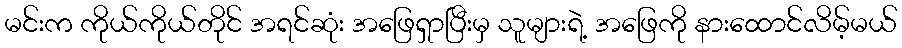
မင်းက ကိုယ်ကိုယ်တိုင် အရင်ဆုံး အဖြေရှာပြီးမှ သူများရဲ့ အဖြေကို နားထောင်လိမ့်မယ်